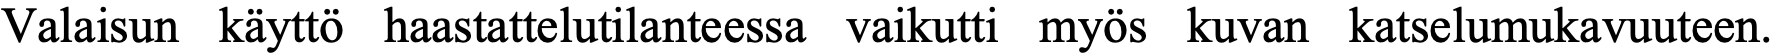
Valaisun käyttö haastattelutilanteessa vaikutti myös kuvan katselumukavuuteen.